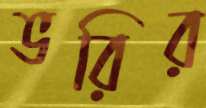
ভরির